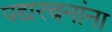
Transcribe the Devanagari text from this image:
पद्यरचनांना